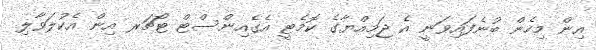
އިން މިހެން ބުނެފައިވަނީ އެ ޖަމިއްޔާގެ ކޮމެޓީ އެގެއިންސްޓް ޓޯޗަރ އިން އެކުލަވާލި